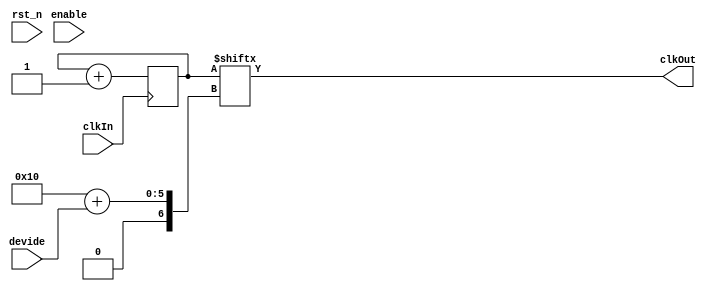
// This program was cloned from: https://github.com/DigitalDesignSchool/ce2020labs
// License: MIT License


//tunable clock devider
module sm_clk_divider
#(
    parameter shift  = 16,
              bypass = 0
)
(
    input           clkIn,
    input           rst_n,
    input   [ 3:0 ] devide,
    input           enable,
    output          clkOut
);
    reg  [39:0] cntr;
    wire [39:0] cntrNext = cntr + 1;
    //sm_register_we r_cntr(clkIn, rst_n, enable, cntrNext, cntr);
    always @(posedge clkIn) cntr <= cntrNext;

    assign clkOut = bypass ? clkIn 
                           : cntr[shift + devide];
endmodule